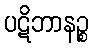
ပဋိဘာနဉ္စ